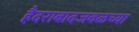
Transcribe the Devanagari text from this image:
हैदराबादजवळच्या